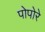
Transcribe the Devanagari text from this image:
पोपोरे